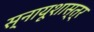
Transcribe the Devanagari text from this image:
स्नायूशास्त्र